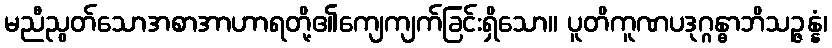
မညီညွတ်သောအစာအာဟာရတို့၏ကျေကျက်ခြင်းရှိသော။ ပူတိကူဏပဒုဂ္ဂန္ဓာဘိသဉ္ဇန္နံ၊